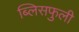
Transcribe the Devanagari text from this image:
ब्लिसफुली